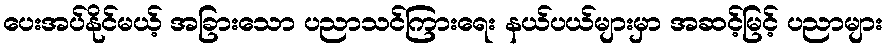
ပေးအပ်နိုင်မယ့် အခြားသော ပညာသင်ကြားရေး နယ်ပယ်များမှာ အဆင့်မြင့် ပညာများ